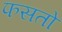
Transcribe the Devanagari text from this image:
फसतो